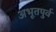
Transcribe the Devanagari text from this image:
अभूतपुर्व